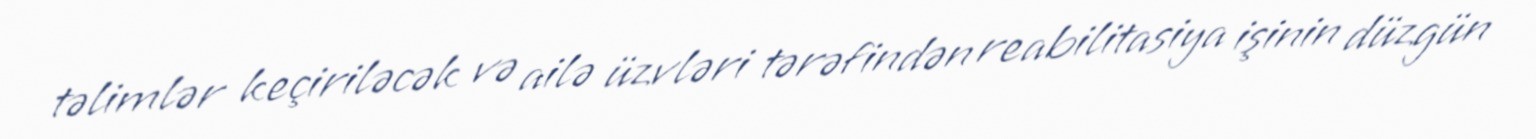
təlimlər keçiriləcək və ailə üzvləri tərəfindən reabilitasiya işinin düzgün